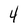
Character: 4